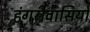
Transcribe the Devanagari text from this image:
हंगरीवासियों